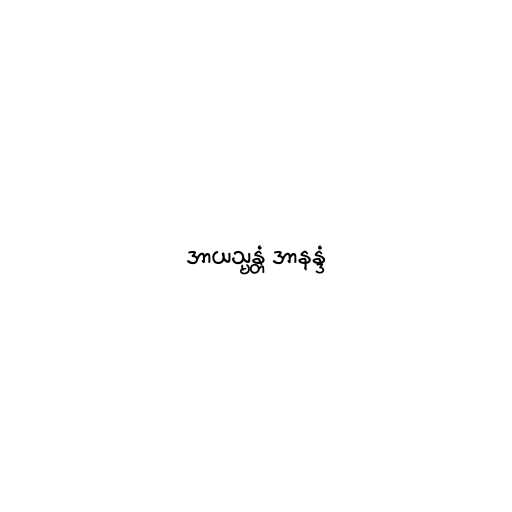
အာယသ္မန္တံ အာနန္ဒံ